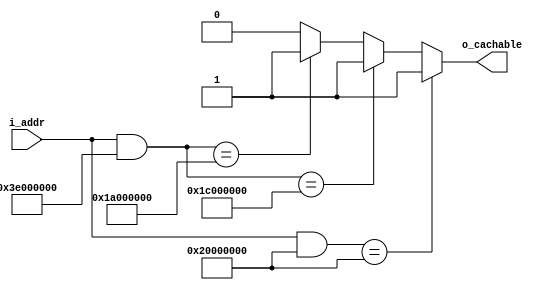
module iscachable(
		input	wire	[30-1:0]	i_addr,
		output	reg			o_cachable
	);
	always @(*)
	begin
		o_cachable = 1'b0;
		if ((i_addr[29:0] & 30'h3e000000) == 30'h1a000000)
			o_cachable = 1'b1;
		if ((i_addr[29:0] & 30'h3e000000) == 30'h1c000000)
			o_cachable = 1'b1;
		if ((i_addr[29:0] & 30'h20000000) == 30'h20000000)
			o_cachable = 1'b1;
	end
endmodule